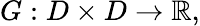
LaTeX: G:D\times D\to\mathbb{R},